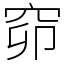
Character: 窌